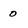
Character: 0